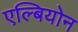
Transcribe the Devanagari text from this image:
एल्बियोन